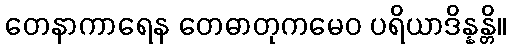
တေနာကာရေန တေဓာတုကမေဝ ပရိယာဒိန္နန္တိ။